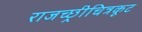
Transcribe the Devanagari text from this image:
राजच्छ्रीचित्रकूट